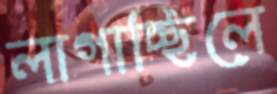
লাগাচ্ছিলে